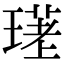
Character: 𤨛